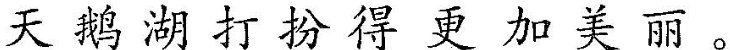
天鹅湖打扮得更加美丽。